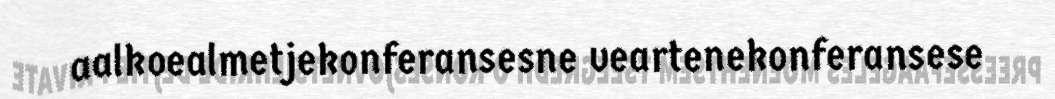
aalkoealmetjekonferansesne veartenekonferansese